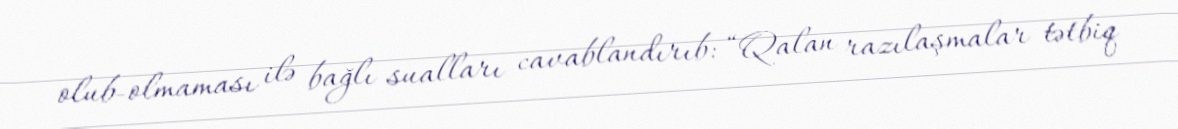
olub-olmaması ilə bağlı sualları cavablandırıb: “Qalan razılaşmalar tətbiq